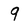
Character: 9